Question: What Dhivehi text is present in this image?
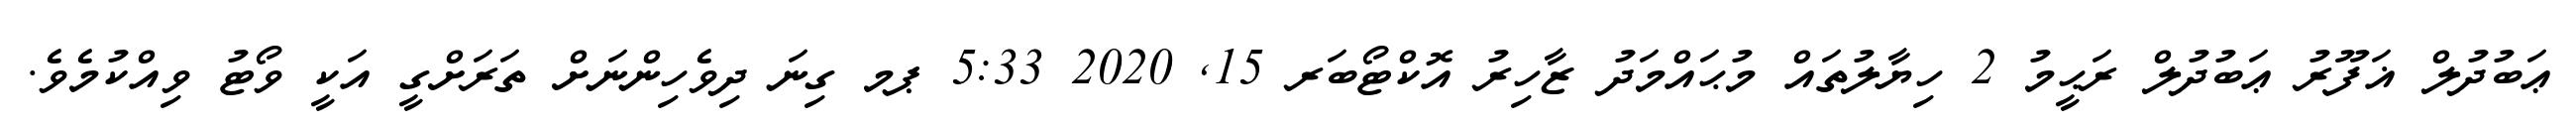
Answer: ޢަބުދުލް ޣަފޫރު ޢަބުދުލް ރަޙީމު 2 ހިޔާލުތައް މުޙައްމަދު ޒާހިރު އޮކްޓޯބަރ 15, 2020 5:33 ޕމ ގިނަ ދިވެހިންނަށް ތަރަށްގީ އަކީ ވޯޓު ވިއްކުމެވެ.